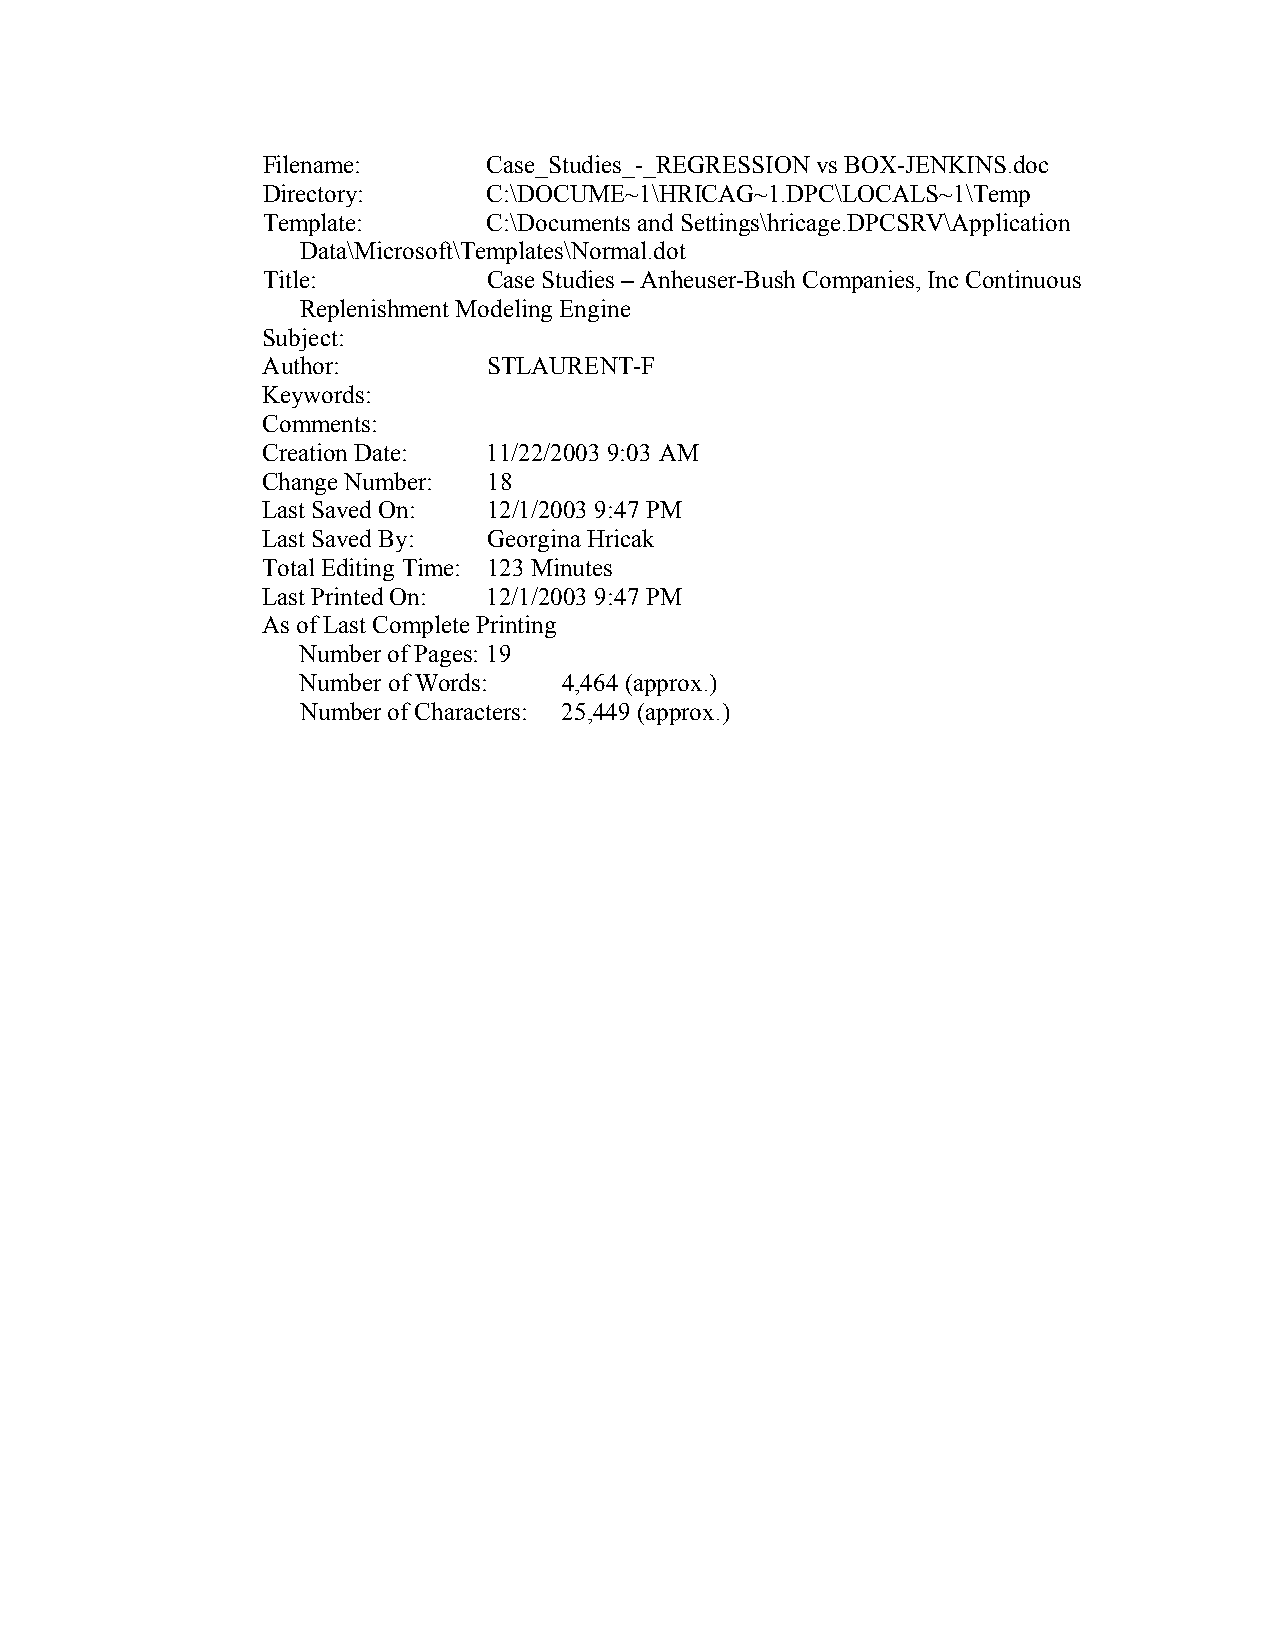
Filename:      Case_Studies_-_REGRESSION vs BOX-JENKINS.doc
 Directory:     C:\DOCUME~1\HRICAG~1.DPC\LOCALS~1\Temp
 Template:      C:\Documents and Settings\hricage.DPCSRV\Application
 Data\Microsoft\Templates\Normal.dot
 Title:         Case Studies – Anheuser-Bush Companies, Inc Continuous
 Replenishment Modeling Engine
 Subject:
 Author:        STLAURENT-F
 Keywords:
 Comments:
 Creation Date: 11/22/2003 9:03 AM
 Change Number: 18
 Last Saved On: 12/1/2003 9:47 PM
 Last Saved By: Georgina Hricak
 Total Editing Time: 123 Minutes
 Last Printed On: 12/1/2003 9:47 PM
 As of Last Complete Printing
 Number of Pages: 19
 Number of Words: 4,464 (approx.)
 Number of Characters: 25,449 (approx.)